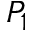
P _ { 1 }